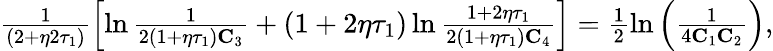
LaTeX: \begin{array}{r}{\frac{1}{(2+\eta 2\tau_{1})}\left[\ln\frac{1}{2(1+\eta\tau_{1})\mathbf{C}_{3}}+(1+2\eta\tau_{1})\ln\frac{1+2\eta\tau_{1}}{2(1+\eta\tau_{1})\mathbf{C}_{4}}\right]=\frac{1}{2}\ln\left(\frac{1}{4\mathbf{C}_{1}\mathbf{C}_{2}}\right),}\end{array}